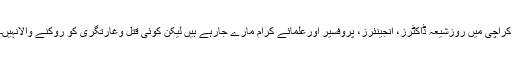
کراچی میں روزشیعہ ڈاکٹرز، انجینئرز، پروفسیر اورعلمائے کرام مارے جارہے ہیں لیکن کوئی قتل وغارتگری کو روکنے والانہیں۔